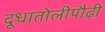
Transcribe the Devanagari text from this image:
दूधातोलीपौढ़ी